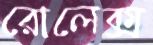
রোলেক্স